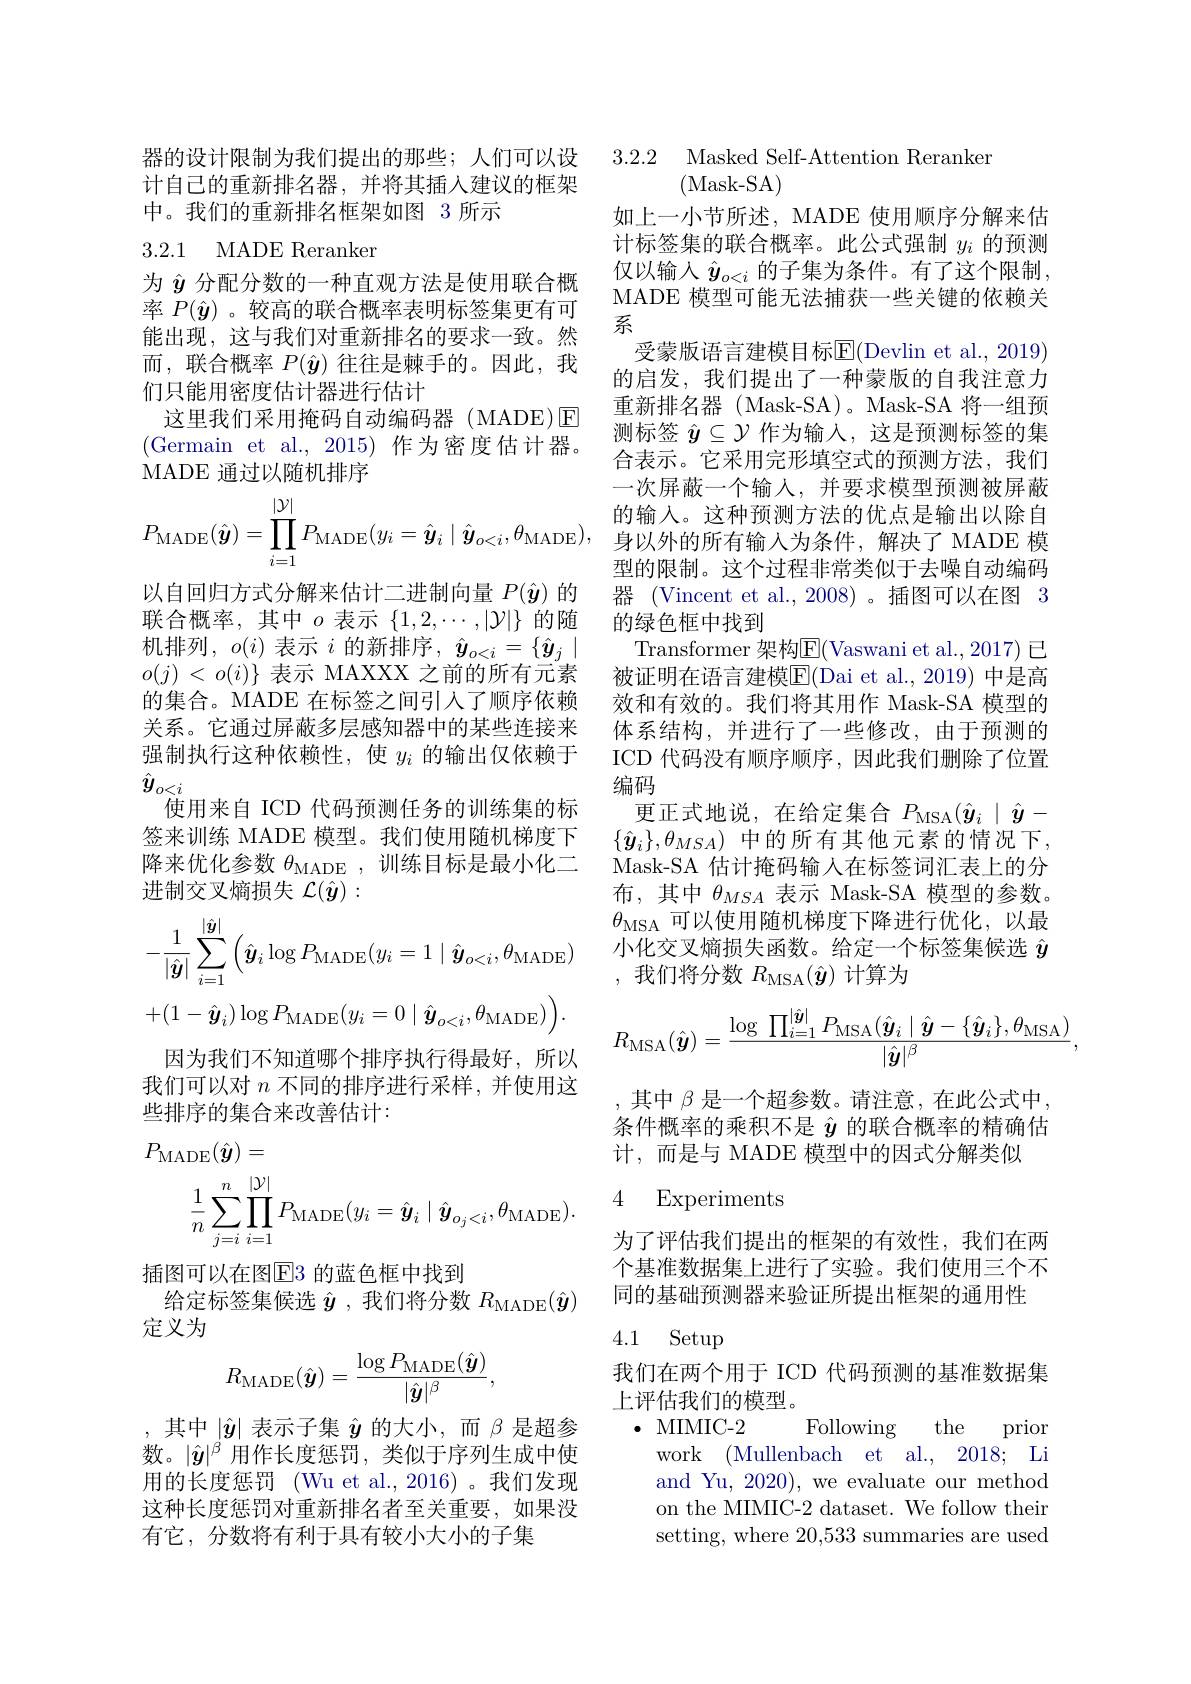
器的设计限制为我们提出的那些；人们可以设计自己的重新排名器，并将其插入建议的框架中。我们的重新排名框架如图 3 所示

### 3.2.1 MADE Reranker

为$\hat{y}$分配分数的一种直观方法是使用联合概率$P(\hat{\boldsymbol{y}})$ 。较高的联合概率表明标签集更有可能出现，这与我们对重新排名的要求一致。然而，联合概率$P(\hat{\boldsymbol{y}})$往往是棘手的。因此，我们只能用密度估计器进行估计
这里我们采用掩码自动编码器(MADE)E (Germain et al., 2015) 作为密度估计器。MADE 通过以随机排序
$$P_{\mathrm{MADE}}(\hat{\boldsymbol{y}})=\prod_{i=1}^{|\mathcal{Y}|}P_{\mathrm{MADE}}(y_{i}=\hat{\boldsymbol{y}}_{i}\mid\hat{\boldsymbol{y}}_{o<i},\theta_{\mathrm{MADE}}),$$
以自回归方式分解来估计二进制向量$P(\hat{\boldsymbol{y}})$的联合概率，其中$o$表示$\{1,2,\cdots,|\mathcal{Y}|\}$的随机排列，$o(i)$表示$i$的新排序，$\hat{y}_o<i=\{\hat{y}_j\mid$ $o(j)<o(i)\}$表示 MAXXX 之前的所有元素的集合。MADE 在标签之间引入了顺序依赖关系。它通过屏蔽多层感知器中的某些连接来强制执行这种依赖性，使$y_i$的输出仅依赖于$\hat{y}_{o<i}$
使用来自 ICD 代码预测任务的训练集的标签来训练 MADE 模型。我们使用随机梯度下降来优化参数$\theta_\mathrm{MADE}$ ,训练目标是最小化二进制交叉熵损失$\mathcal{L}(\hat{\boldsymbol{y}}):$
$$\begin{aligned}&-\frac{1}{|\hat{\boldsymbol{y}}|}\sum_{i=1}^{|\hat{\boldsymbol{y}}|}\Big(\hat{\boldsymbol{y}}_{i}\log P_{\mathrm{MADE}}(y_{i}=1\mid\hat{\boldsymbol{y}}_{o<i},\theta_{\mathrm{MADE}})\\&+(1-\hat{\boldsymbol{y}}_{i})\log P_{\mathrm{MADE}}(y_{i}=0\mid\hat{\boldsymbol{y}}_{o<i},\theta_{\mathrm{MADE}})\Big).\end{aligned}$$
因为我们不知道哪个排序执行得最好，所以我们可以对$n$不同的排序进行采样，并使用这些排序的集合来改善估计：
$$\begin{aligned}P_{\mathrm{MADE}}(\hat{\boldsymbol{y}})&=\\\frac{1}{n}\sum_{j=i}^{n}\prod_{i=1}^{|\mathcal{Y}|}P_{\mathrm{MADE}}(y_{i}=\hat{\boldsymbol{y}}_{i}\mid\hat{\boldsymbol{y}}_{o_{j}<i},\theta_{\mathrm{MADE}}).\end{aligned}$$
插图可以在图$\overline{\mathrm{E}}3$ 的蓝色框中找到
给定标签集候选$\hat{\boldsymbol{y}}$ ,我们将分数$R_\mathrm{MADE}(\hat{\boldsymbol{y}})$

定义为
$$R_{\mathrm{MADE}}(\hat{\boldsymbol{y}})=\frac{\log P_{\mathrm{MADE}}(\hat{\boldsymbol{y}})}{|\hat{\boldsymbol{y}}|^\beta},$$
,其中$|\hat{y}|$表示子集$\hat{y}$的大小，而$\beta$是超参数。$|\hat{y}|^\beta$用作长度惩罚，类似于序列生成中使用的长度惩罚 (Wu et al.,2016)。我们发现这种长度惩罚对重新排名者至关重要，如果没有它，分数将有利于具有较小大小的子集

3.2.2 Masked Self-Attention Reranker
(Mask-SA)
如上一小节所述，MADE 使用顺序分解来估计标签集的联合概率。此公式强制$y_i$的预测仅以输入$\hat{y}_{o<i}$的子集为条件。有了这个限制， MADE 模型可能无法捕获一些关键的依赖关系
受蒙版语言建模目标E(Devlin et al., 2019) 的启发，我们提出了一种蒙版的自我注意力重新排名器 (Mask-SA)。Mask-SA 将一组预测标签$\hat{y}\subseteq\mathcal{Y}$作为输入，这是预测标签的集合表示。它采用完形填空式的预测方法，我们一次屏蔽一个输人，并要求模型预测被屏蔽的输入。这种预测方法的优点是输出以除自身以外的所有输入为条件，解决了 MADE 模型的限制。这个过程非常类似于去噪自动编码器 (Vincent et al.,2008)。插图可以在图 3的绿色框中找到
Transformer 架构$\overline{\mathrm{E}}($Vaswani et al.,2017) 已被证明在语言建模$\overline{\mathrm{E}}($Dai et al., 2019) 中是高效和有效的。我们将其用作 Mask-SA 模型的体系结构，并进行了一些修改，由于预测的ICD 代码没有顺序顺序，因此我们删除了位置编码
更正式地说，在给定集合$P_\mathrm{MSA}(\hat{\boldsymbol{y}}_i\mid\hat{\boldsymbol{y}}-$ $\{\hat{\boldsymbol{y}}_i\},\theta_{MSA})$ 中的所有其他元素的情况下， Mask-SA 估计掩码输入在标签词汇表上的分布，其中$\theta_{MSA}$表示 Mask-SA 模型的参数。$\theta_\mathrm{MSA}$可以使用随机梯度下降进行优化，以最小化交叉熵损失函数。给定一个标签集候选$\hat{y}$ ,我们将分数$R_\mathrm{MSA}(\hat{\boldsymbol{y}})$计算为
$$R_{\mathrm{MSA}}(\hat{\boldsymbol{y}})=\frac{\log\prod_{i=1}^{|\hat{\boldsymbol{y}}|}P_{\mathrm{MSA}}(\hat{\boldsymbol{y}}_i\mid\hat{\boldsymbol{y}}-\{\hat{\boldsymbol{y}}_i\},\theta_{\mathrm{MSA}})}{|\hat{\boldsymbol{y}}|^\beta},$$
,其中$\beta$是一个超参数。请注意，在此公式中条件概率的乘积不是$\hat{y}$的联合概率的精确估计，而是与 MADE 模型中的因式分解类似

## 4 Experiments

为了评估我们提出的框架的有效性，我们在两个基准数据集上进行了实验。我们使用三个不同的基础预测器来验证所提出框架的通用性

## 4.1 Setup

我们在两个用于 ICD 代码预测的基准数据集
上评估我们的模型。
Following the prior

$\cdot$ MIMIC-2

work (Mullenbach et al., 2018; Li and Yu, 2020), we evaluate our method on the MIMIC-2 dataset. We follow their setting, where 20,533 summaries are used